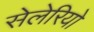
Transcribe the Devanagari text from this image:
सेलेरियो